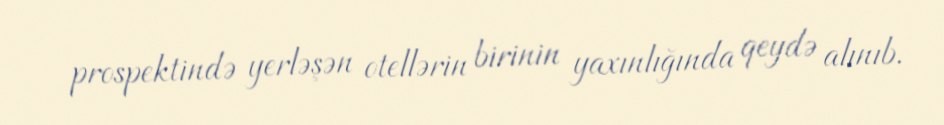
prospektində yerləşən otellərin birinin yaxınlığında qeydə alınıb.